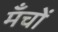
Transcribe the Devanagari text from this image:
मँचों